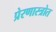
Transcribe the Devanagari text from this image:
प्रेरणास्‍त्रोत